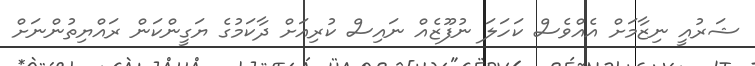
ޝަރުއީ ނިޒާމަށް އެއްވެސް ކަހަލަ ނުފޫޒެއް ނައިސް ކުރިއަށް ދާކަމުގެ ޔަގީންކަން ރައްޔިތުންނަށް